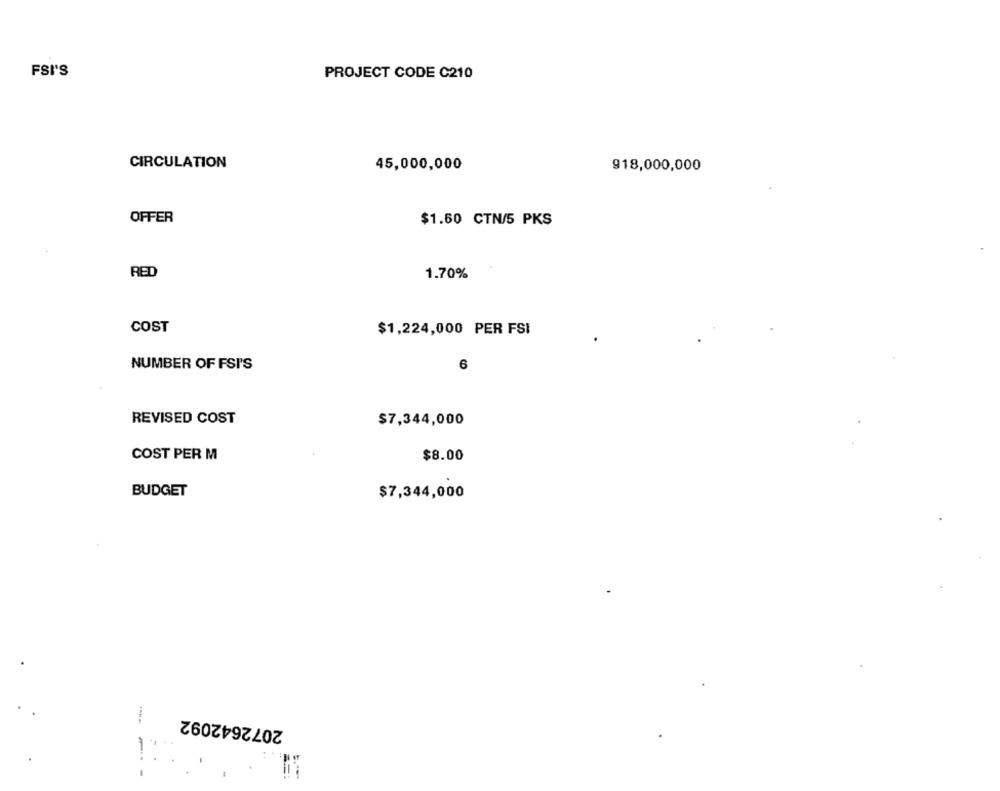
FSI'S
PROJECT CODE C210
CIRCULATION
45,000,000
918,000,000
OFFER
$1.50 CTN/5 PKS
RED
1.70%
COST
$1,224,000 PER FSI
NUMBER OF FSI'S
6
REVISED COST
$7,344,000
COST PER M
$8.00
BUDGET
$7,344,000
2072642092